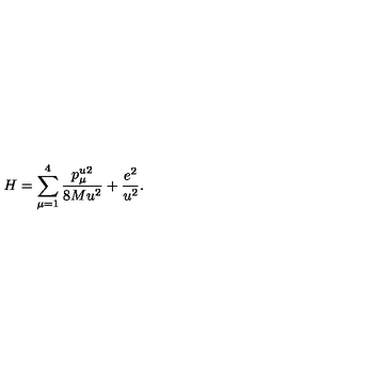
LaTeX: H = \sum _ { \mu = 1 } ^ { 4 } \frac { p _ { \mu } ^ { u } { } ^ { 2 } } { 8 M u ^ { 2 } } + \frac { e ^ { 2 } } { u ^ { 2 } } .